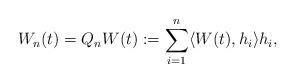
LaTeX: \begin{align*}W_n(t) = Q_n W(t):= \sum_{i=1}^n \langle W(t), h_i \rangle h_i ,\end{align*}